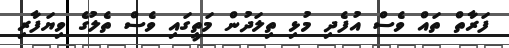
ފަރާތް ތައް ވެސް އުފެދި މުޅި ތިލަދުން މަތީގައި ވެސް ތެލުގެ ވިޔަފާރި